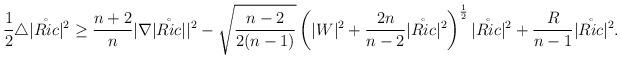
LaTeX: \begin{align*}\frac 12\triangle|\mathring{Ric}|^2&\geq\frac{n+2}{n}|\nabla |\mathring{Ric}||^2-\sqrt{\frac {n-2}{2(n-1)}}\left(|W|^2+\frac{2n}{n-2}|\mathring{Ric}|^2\right)^{\frac 12}|\mathring{Ric}|^2+\frac{R}{n-1}|\mathring{Ric}|^2.\end{align*}